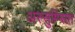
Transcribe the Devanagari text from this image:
अस्सुम्प्सित